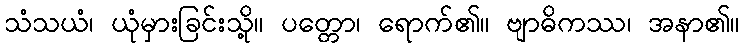
သံသယံ၊ ယုံမှားခြင်းသို့။ ပတ္တော၊ ရောက်၏။ ဗျာဓိကဿ၊ အနာ၏။